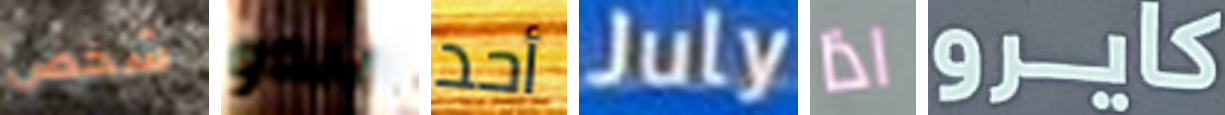
شخص يبدو أحد July اذا كايرو